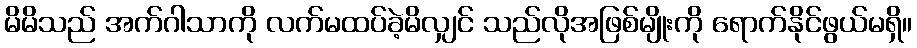
မိမိသည် အက်ဂါသာကို လက်မထပ်ခဲ့မိလျှင် သည်လိုအဖြစ်မျိုးကို ရောက်နိုင်ဖွယ်မရှိ။